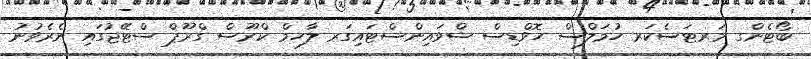
ބޯޓެންގ މަރޓަސެކަރ ހުމަލްސް ހޮވްޑިސް ޝްވައިންސްޓައިގަރ ލާހމް ކްރޫސް ގްރޫޕް ސްޓޭޖުގައި ނެރެވުނު